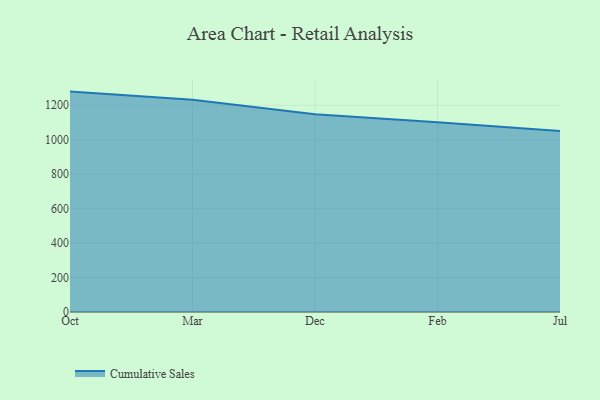
{"axis": {"x": "Month", "y": "Temperature (°C)"}, "legend": ["Cumulative Sales"], "data": [{"x": "Oct", "y": 1279.4, "type": "Cumulative Sales"}, {"x": "Mar", "y": 1232.6, "type": "Cumulative Sales"}, {"x": "Dec", "y": 1147.5, "type": "Cumulative Sales"}, {"x": "Feb", "y": 1102.1, "type": "Cumulative Sales"}, {"x": "Jul", "y": 1050.7, "type": "Cumulative Sales"}]}